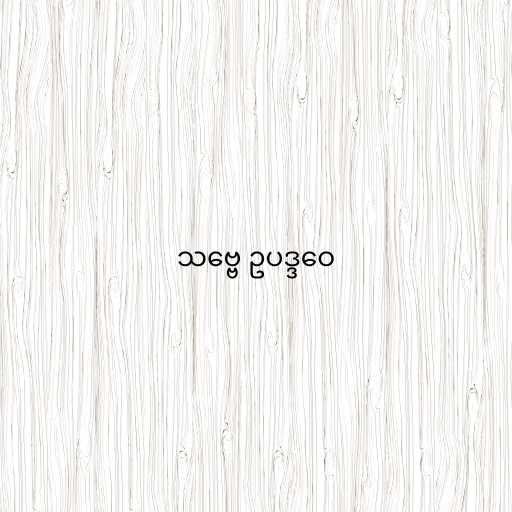
သဗ္ဗေ ဥပဒ္ဒဝေ